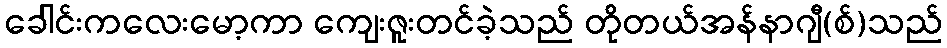
ခေါင်းကလေးမော့ကာ ကျေးဇူးတင်ခဲ့သည် တိုတယ်အန်နာဂျီ(စ်)သည်